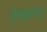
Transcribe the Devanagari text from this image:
ट्रेफलगर